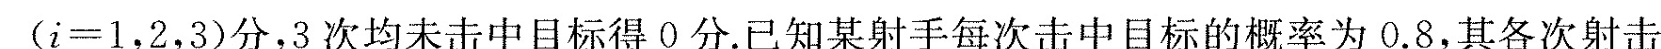
($$i=1，2，3$$)分，3次均未击中目标得0分。已知某射手每次击中目标的概率为0.8，其各次射击